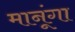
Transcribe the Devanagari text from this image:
मानूंगा